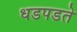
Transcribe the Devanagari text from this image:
धडपडते